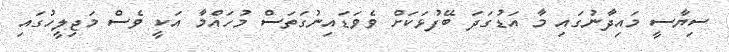
ސިޔާސީ މައިދާނުގައި މާ އަޑުގަދަ ބޭފުޅަކަށް ވެވަޑައިނުގަތަސް މުހައްމާ އަކީ ވެސް މަޖިލީހުގައި